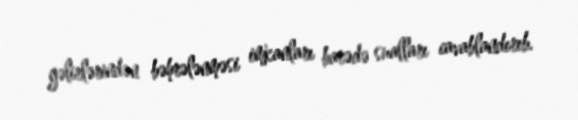
gəlirlərindən bəhrələnməsi imkanları barədə sualları cavablandırıb.